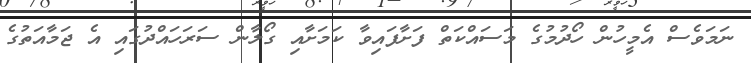
ނަމަވެސް އެމީހުން ހޯދުމުގެ މަސައްކަތް ފަށާފައިވާ ކަމަށާއި ގޯލާން ސަރަހައްދުގައި އެ ޖަމާއަތުގެ